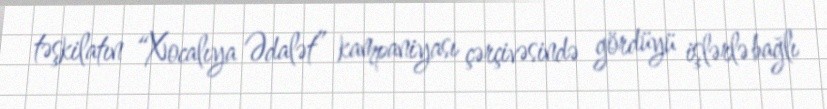
təşkilatın “Xocalıya Ədalət” kampaniyası çərçivəsində gördüyü işlərlə bağlı